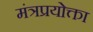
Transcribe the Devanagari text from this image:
मंत्रप्रयोक्ता